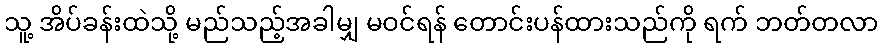
သူ့ အိပ်ခန်းထဲသို့ မည်သည့်အခါမျှ မဝင်ရန် တောင်းပန်ထားသည်ကို ရက် ဘတ်တလာ